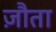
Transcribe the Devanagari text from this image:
ज़ौता